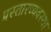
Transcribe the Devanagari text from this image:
प्रस्तारव्यवस्था